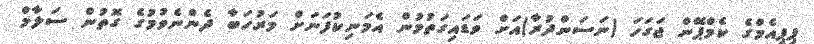
ޕިޕީއެމްގެ ކެމްޕޭން ޖަގަހަ (ނަސަންދުރާ)އަށް ވަޑައިގަތުމުން އެމަނިކުފަނަށް މަރުހަބާ ދެންނެވުމުގެ ގޮތުން ސަލާމް